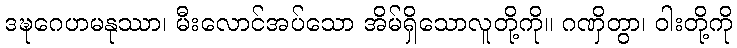
ဒဍ္ဎဂေဟမနုဿာ၊ မီးလောင်အပ်သော အိမ်ရှိသောလူတို့ကို။ ဂဏှိတွာ၊ ဝါးတို့ကို